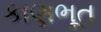
કાણભૂત